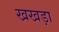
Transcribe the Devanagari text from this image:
खखड़ा